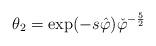
LaTeX: \begin{align*}\theta_{2}=\exp( -s\hat{\varphi}) \check{\varphi}^{-\frac{5}{2}}\end{align*}